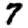
Digit: 7